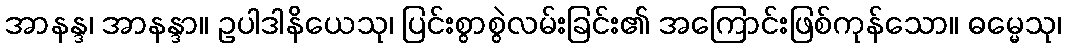
အာနန္ဒ၊ အာနန္ဒာ။ ဥပါဒါနိယေသု၊ ပြင်းစွာစွဲလမ်းခြင်း၏ အကြောင်းဖြစ်ကုန်သော။ ဓမ္မေသု၊